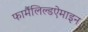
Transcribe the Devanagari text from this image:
फार्मैलिल्डऐमाइन